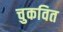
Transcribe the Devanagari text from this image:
चुकवित